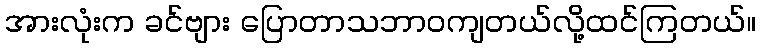
အားလုံးက ခင်ဗျား ပြောတာသဘာဝကျတယ်လို့ထင်ကြတယ်။